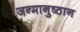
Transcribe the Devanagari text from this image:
जन्मानुष्ठान